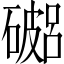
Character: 𥖓